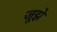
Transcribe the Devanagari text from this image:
जूझे